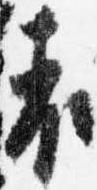
表